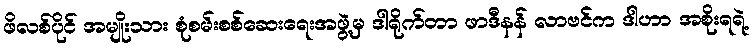
ဖိလစ်ပိုင် အမျိုးသား စုံစမ်းစစ်ဆေးရေးအဖွဲ့မှ ဒါရိုက်တာ ဖာဒီနန် လာဗင်က ဒါဟာ အစိုးရရဲ့